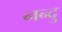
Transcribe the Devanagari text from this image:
नन्दु